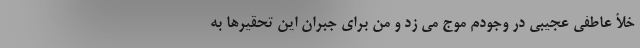
خلأ عاطفی عجیبی در وجودم موج می زد و من برای جبران این تحقیرها به